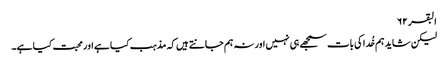
البقر ۶۲
لیکن شاید ہم خُدا کی بات سمجھے ہی نہیں اور نہ ہم جانتے ہیں کہ مذہب کیا ہے اور محبت کیا ہے۔